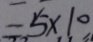
= 5 \times 1 0